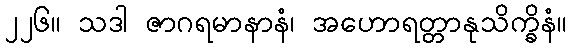
၂၂၆။ သဒါ ဇာဂရမာနာနံ၊ အဟောရတ္တာနုသိက္ခိနံ။